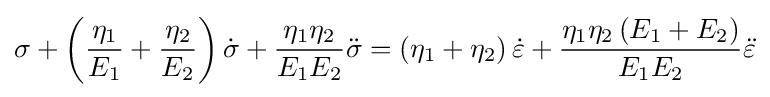
\sigma +\left({\frac {\eta _{1}}{E_{1}}}+{\frac {\eta _{2}}{E_{2}}}\right){\dot {\sigma }}+{\frac {\eta _{1}\eta _{2}}{E_{1}E_{2}}}{\ddot {\sigma }}=\left(\eta _{1}+\eta _{2}\right){\dot {\varepsilon }}+{\frac {\eta _{1}\eta _{2}\left(E_{1}+E_{2}\right)}{E_{1}E_{2}}}{\ddot {\varepsilon }}